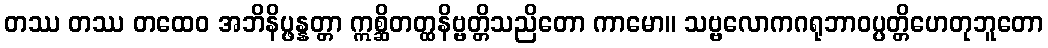
တဿ တဿ တထေဝ အဘိနိပ္ဖန္နတ္တာ ဣစ္ဆိတတ္ထနိဗ္ဗတ္တိသညိတော ကာမော။ သဗ္ဗလောကဂရုဘာဝပ္ပတ္တိဟေတုဘူတော